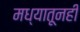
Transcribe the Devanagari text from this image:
मध्यातूनही